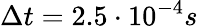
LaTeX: \Delta t=2.5\cdot 10^{-4}s